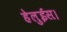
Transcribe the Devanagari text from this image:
हेलुईस।